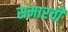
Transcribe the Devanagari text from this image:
समारची